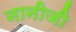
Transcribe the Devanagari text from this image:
नानीजी